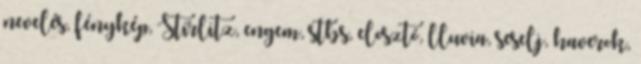
nevelés, fénykép, Stirlitz, engem, stbs, elosztó, lluvia, seselj, haverok,